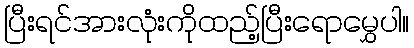
ပြီးရင်အားလုံးကိုထည့်ပြီးရောမွှေပါ။